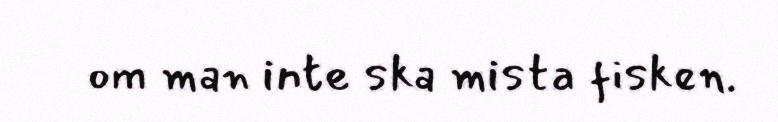
om man inte ska mista fisken.